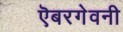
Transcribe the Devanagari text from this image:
ऎबरगेवनी